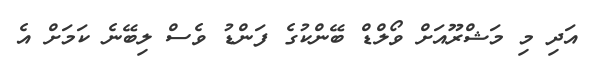
އަދި މި މަޝްރޫއަށް ވޯލްޑް ބޭންކުގެ ފަންޑު ވެސް ލިބޭނެ ކަމަށް އެ